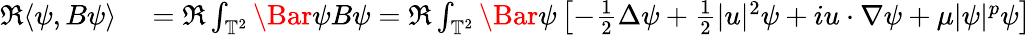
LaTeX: \begin{array}{rl}{\Re\langle\psi,B\psi\rangle}&{{}=\Re\int_{\mathbb{T}^{2}}\Bar{\psi}B\psi=\Re\int_{\mathbb{T}^{2}}\Bar{\psi}\left[-\frac{1}{2}\Delta\psi+\frac{1}{2}\lvert u\rvert^{2}\psi+iu\cdot\nabla\psi+\mu\lvert\psi\rvert^{p}\psi\right]}\end{array}